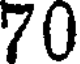
70